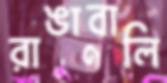
রাঙাবালি